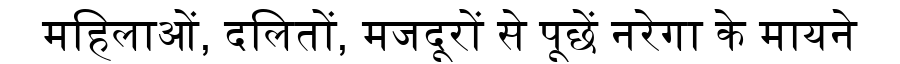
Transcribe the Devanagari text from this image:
महिलाओं, दलितों, मजदूरों से पूछें नरेगा के मायने